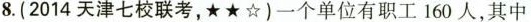
8.(2014天津七校联考，\star \star \star )一个单位有职工160人，其中